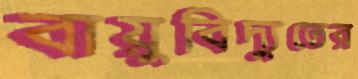
বায়ুবিদ্যুতের